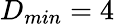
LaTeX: D_{min}=4